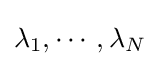
\lambda _{1},\cdots ,\lambda _{N}